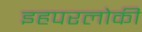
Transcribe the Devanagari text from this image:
इहपरलोकीं